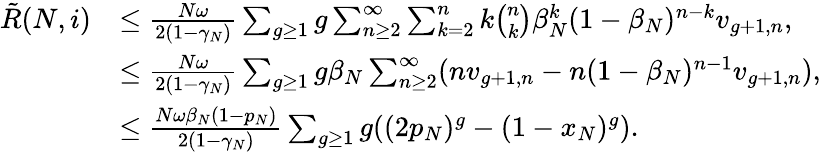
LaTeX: \begin{array}{rl}{\tilde{R}(N,i)}&{\leq\frac{N\omega}{2(1-\gamma_{N})}\sum_{g\geq 1}g\sum_{n\geq 2}^{\infty}\sum_{k=2}^{n}k\binom{n}{k}\beta_{N}^{k}(1-\beta_{N})^{n-k}v_{g+1,n},}\\ &{\leq\frac{N\omega}{2(1-\gamma_{N})}\sum_{g\geq 1}g\beta_{N}\sum_{n\geq 2}^{\infty}(nv_{g+1,n}-n(1-\beta_{N})^{n-1}v_{g+1,n}),}\\ &{\leq\frac{N\omega\beta_{N}(1-p_{N})}{2(1-\gamma_{N})}\sum_{g\geq 1}g((2p_{N})^{g}-(1-x_{N})^{g}).}\end{array}